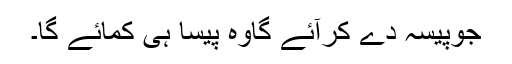
جوپیسہ دے کرآئے گاوہ پیسا ہی کمائے گا۔